Civil Veterinary Department Bihar reports 1936-40 - 1936-1940
Year: 1936
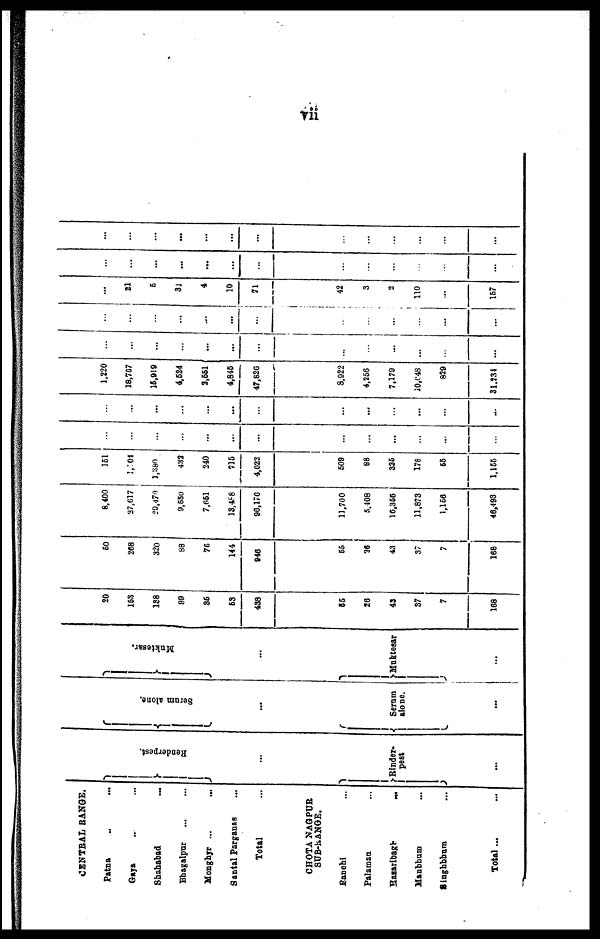
vii
CENTRAL RANGE.
Patna .. ...
Gaya ... ...
Shahabad ...
Bhagalpur ... ...
Monghyr ... ...
Santal Parganas ...
Total ...
CHOTA NAGPUR
SUB-RANGE.
Ranchi ...
Palaman ...
Hasaribagh ...
Manbhum ...
Singhbhum
...
Total ... ...
Renderpest.
...
Rinder-
pest
...
Serum alone.
...
Serum
alone.
...
Muktesar.
...
Muktesar
...
20
153
188
39
36
53
438
55
26
43
37
7
168
50
258
320
88
76
144
946
55
36
43
37
7
168
8,400
27,617
29,470
9,550
7,651
13,488
96,176
11,700
5,408
16,356
11,873
1,156
46,493
151
1,104
1,380
432
240
715
4,022
509
88
335
178
55
1,155
...
...
...
...
...
...
...
...
...
...
...
...
...
...
...
...
...
...
...
...
...
...
...
...
...
...
1,220
18,767
15,919
4,524
2,551
4,845
47,826
8,922
4,256
7,170
10,048
829
31,234
...
...
...
...
...
...
...
...
...
...
...
...
...
...
...
...
...
...
...
...
...
...
...
...
...
...
21
5
31
4
10
71
42
3
2
110
...
157
...
...
...
...
...
...
...
...
...
...
...
...
...
...
...
...
...
...
...
...
...
...
...
...
...
...